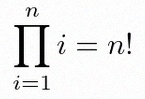
\prod_{i=1}^{n}i=n!